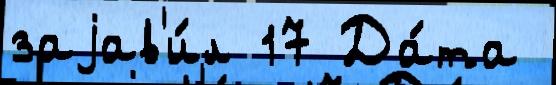
заjав'и́л 17 Да́та